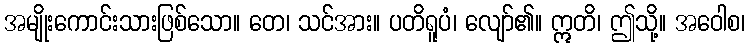
အမျိုးကောင်းသားဖြစ်သော။ တေ၊ သင်အား။ ပတိရူပံ၊ လျော်၏။ ဣတိ၊ ဤသို့။ အဝေါစ၊